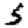
Digit: 5